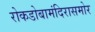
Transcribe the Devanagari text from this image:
रोकडोबामंदिरासमोर